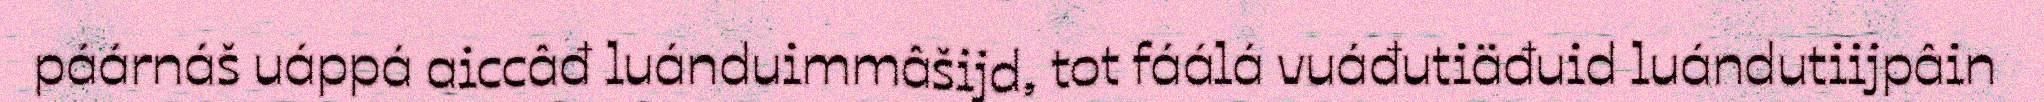
páárnáš uáppá aiccâđ luánduimmâšijd, tot fáálá vuáđutiäđuid luándutiijpâin